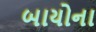
બાયોના